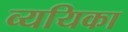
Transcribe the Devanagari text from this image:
व्ययिका